Vital statistics of India. Vol. V, Reports of 1876 on armies & jails and on epidemic cholera
Year: 1876
Disease focus: Cholera
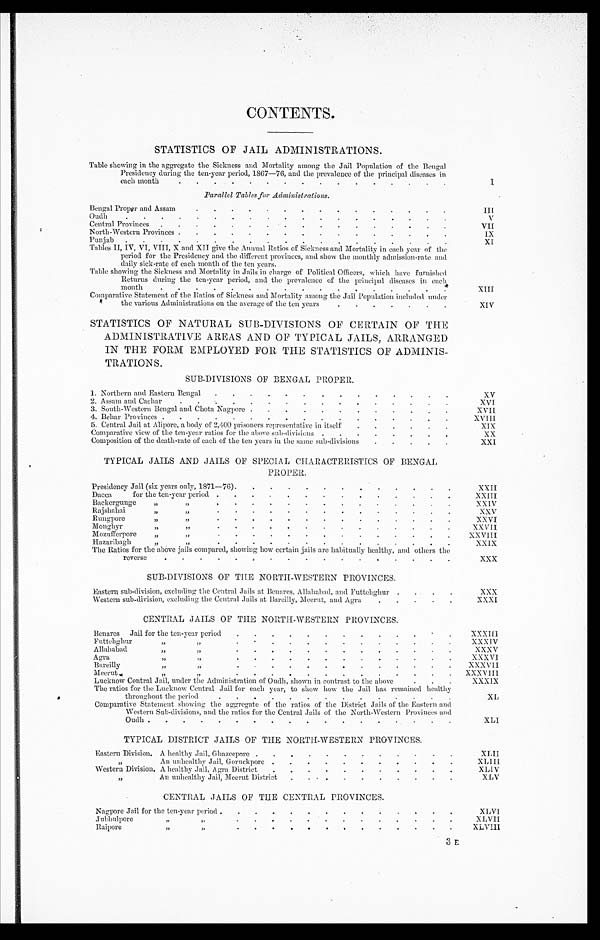
CONTENTS.
STATISTICS OF JAIL ADMINISTRATIONS.
Table showing in the aggregate the Sickness and Mortality among the Jail Population of the Bengal
Presidency during the ten-year period, 1867-76, and the prevalence of the principal diseases in
each month
.
. .
. . . .
. . .
. .
. .
.
. I
Parallel Tables for Administrations.
Bengal Proper and Assam
. .
. . . .
.
. . . .
. .
.
. III
Oudh
. .
. .
. .
. . . .
.
. . . .
. .
.
.
V
Central Provinces
. .
. .
. . . .
. .
.
. . . .
.
. VII
North-Western Provinces .
. .
. . . .
.
. . . .
. .
.
. IX
Punjab
. .
. .
. .
. .
. .
. . . . .
. .
.
. XI
Tables II, IV, VI, VIII, X and XII give the Annual Ratios of Sickness and Mortality in each year of the
period for the Presidency and the different provinces, and show the monthly admission-rate and
daily sick-rate of each month of the ten years.
Table showing the Sickness and Mortality in Jails in charge of Political Officers, which have furnished
Returns during the ten-year period, and the prevalence of the principal diseases in each
month
. . . .
. .
. .
. . .
. . . . .
. XIII
Comparative Statement of the Ratios of Sickness and Mortality among the Jail Population included under
the various Administrations on the average of the ten years
. . .
. .
.
. XIV
STATISTICS OF NATURAL SUB-DIVISIONS OF CERTAIN OF THE
ADMINISTRATIVE AREAS AND OF TYPICAL JAILS, ARRANGED
IN THE FORM EMPLOYED FOR THE STATISTICS OF ADMINIS-
TRATIONS.
SUB-DIVISIONS OF BENGAL PROPER.
1. Northern and Eastern Bengal . . . . . . . . .
. . .
. .
XV
2. Assam and Cachar . .
. . . .
. . . . . .
.
. .
XVI
3. South-Western Bengal and Chota Nagpore .
. .
. . .
. . .
.
.
.
XVII
4. Behar Provinces . . . .
. . . .. . . .
. . . .
.
.
XVIII
5. Central Jail at Alipore, a body of 2,400 prisoners representative in itself . . .
. . .
XIX
Comparative view of the ten-year ratios for the above sub-divisions . .
. . . . .
.
XX
Composition of the death-rate of each of the ten years in the same sub-divisions
. . .
.
.
XXI
TYPICAL JAILS AND JAILS OF SPECIAL CHARACTERISTICS OF BENGAL
PROPER.
Presidency Jail (six years only, 1871-76).
. . . . . . .
. . . .
. XXII
Dacca
for the ten-year period . . . .
. .
. .
. . . . . .
XXIII.
Backergunge
, ,
, , . . . .
. . . .
. .
.
. . .
. XXIV
Rajshahai
, ,
, , . . . .
. . .
.
. .
.
. .
.
.
XXV
Rungpore
, ,
, , . . . .
. . .
.
. .
.
. . .
. XXVI
Monghyr
, ,
, , . . . .
. . .
.
. .
.
. . .
. XXVII
Mozufferpore
, ,
, , . . . .
. . .
.
. . .
. . . . XXVIII
Hazaribagh
, ,
, , .
. . .
. . .
.
. .
.
. . .
. XXIX
The Ratios for the above jails compared, showing how certain jails are habitually healthy, and others the
reverse
. . .
. .
. .
. . . . . . . . . .
XXX
SUB-DIVISIONS OF THE NORTH-WESTERN PROVINCES.
Eastern sub-division, excluding the Central Jails at Benares, Allahabad, and Futtehghur . .
.
. .XXX
Western sub-division, excluding the Central Jails at Bareilly, Meerut, and Agra
.
. .
.
. XXXI
CENTRAL JAILS OF THE NORTH-WESTERN PROVINCES.
Benares Jail for the ten-year period
. .
. . .
. .
.
. . .
.
. XXXIII
Futtaghur
, ,
, ,
.
.
.
.
.
.
.
.
.
.
.
.
.
.
.
XXXIV
Allahabad
, ,
, , .
.
.
.
.
.
.
.
.
.
.
.
.
.
.
XXXV
Agra
, ,
, , .
. . .
. . . . .
.
. . .
.
. XXXVI
Bareilly
, ,
, , .
.
.
.
.
.
.
.
.
.
.
.
.
.
.
XXXVII
Meerut
, ,
, , .
. . . . . . . . .
. .
. . . XXXVI I I
Lucknow Central Jail, under the Administration of Oudh,shown in contrast to the above
.
.
.
The ratios for the Lucknow Central Jail for each year, to show how the Jail has remained healthy
X X X I X
throughout the period
. . . . . . . . . . . . .
.
XL
Comparative Statement showing the aggregate of the ratios of the District Jails of the Eastern and
Western Sub-divisions, and the ratios for the Central Jails of the North-Western Provinces and
O u d h
. . . . . .
. . . . . . . . . . .
.
XLI
TYPICAL DISTRICT JAILS OF THE NORTH-WESTERN PROVINCES.
Eastern Division. A healthy Jail, Ghazeepore . . . . . . .
. . . . .
XLII
, , An unhealthy Jail, Goruckpore . . . . . . . .
. .
. XLIII
Western Division. A healthy Jail. Agra District . . . . . . . . . . .
XLIV
, , An unhealthy Jail, Meerut District . .
. . . . . . . .
XLV
CENTRAL JAILS OF THE CENTRAL PROVINCES.
Nagpore Jail for the ten-year period . . . . . . . . . . . . .
. XLVI
Jubbulpore
, ,
, ,
. . . . . . . . . . . . .
XLVII
Raipore
, ,
, ,
.
.
.
.
.
.
.
.
.
.
.
.
. XLVIII
3 E